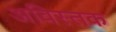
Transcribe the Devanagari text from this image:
अविस्तक